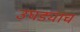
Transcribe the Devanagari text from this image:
उघड्याच